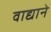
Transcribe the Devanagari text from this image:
वाद्याने